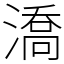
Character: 𣾷